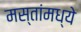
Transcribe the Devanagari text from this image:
मस्तांमध्ये